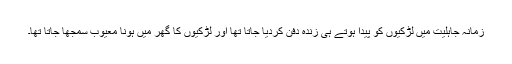
زمانہ جاہلیت میں لڑکیوں کو پیدا ہوتے ہی زندہ دفن کردیا جاتا تھا اور لڑکیوں کا گھر میں ہونا معیوب سمجھا جاتا تھا۔